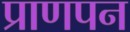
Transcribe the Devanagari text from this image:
प्राणपन